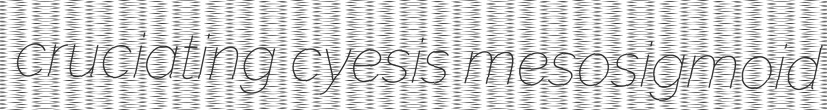
cruciating cyesis mesosigmoid